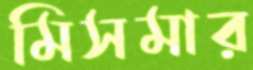
মিসমার